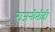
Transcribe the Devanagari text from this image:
राजनीतीही